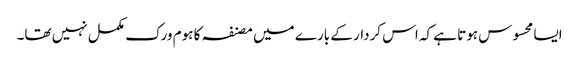
ایسا محسوس ہوتا ہے کہ اس کردار کے بارے میں مصنفہ کا ہوم ورک مکمل نہیں تھا۔